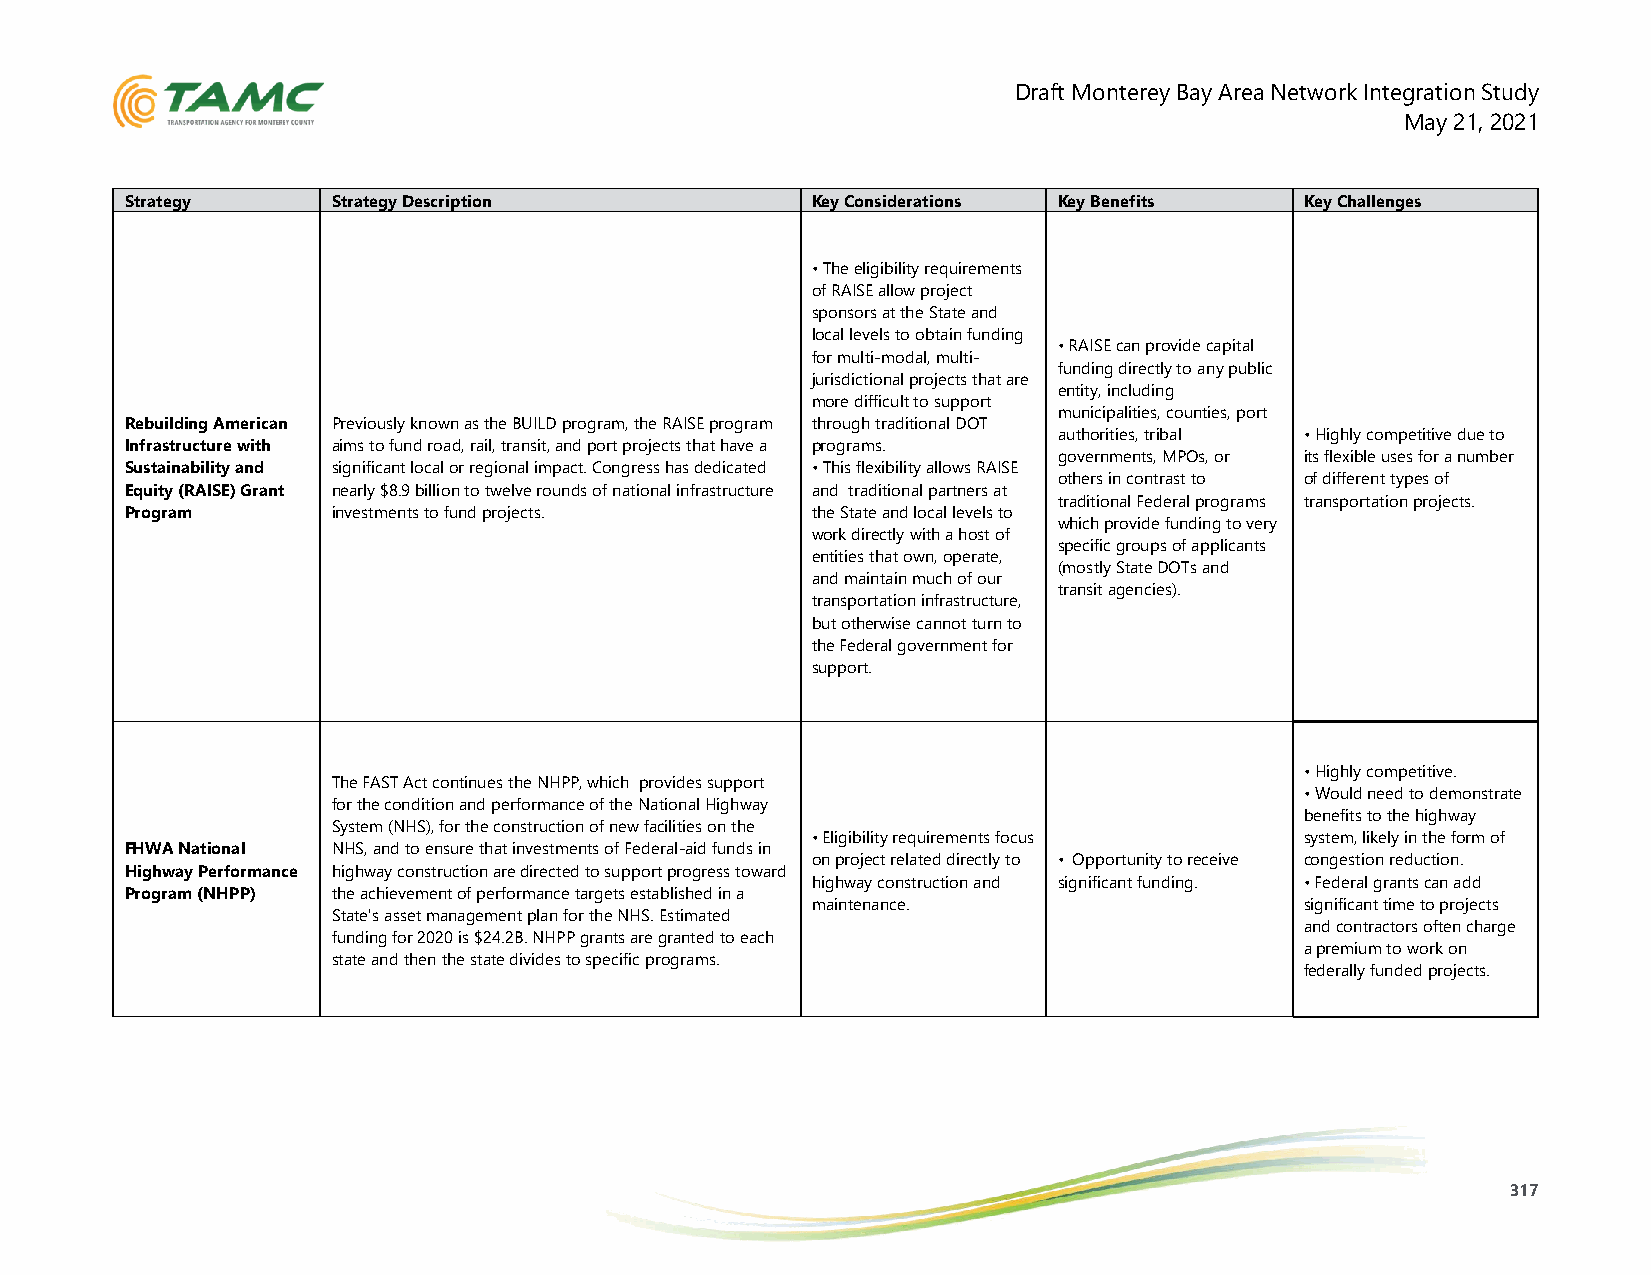
Draft Monterey Bay Area Network Integration Study
 May 21, 2021
 Strategy      Strategy Description            Key Considerations Key Benefits Key Challenges
 • The eligibility requirements
 of RAISE allow project
 sponsors at the State and
 local levels to obtain funding
 • RAISE can provide capital
 for multi-modal, multi-
 funding directly to any public
 jurisdictional projects that are
 entity, including
 more difficult to support
 municipalities, counties, port
 Rebuilding American Previously known as the BUILD program, the RAISE program through traditional DOT
 authorities, tribal • Highly competitive due to
 Infrastructure with aims to fund road, rail, transit, and port projects that have a programs.
 governments, MPOs, or its flexible uses for a number
 Sustainability and significant local or regional impact. Congress has dedicated • This flexibility allows RAISE
 others in contrast to of different types of
 Equity (RAISE) Grant nearly $8.9 billion to twelve rounds of national infrastructure and traditional partners at
 traditional Federal programs transportation projects.
 Program       i nvestments to fund projects.  the State and local levels to
 which provide funding to very
 work directly with a host of
 specific groups of applicants
 entities that own, operate,
 (mostly State DOTs and
 and maintain much of our
 transit agencies).
 transportation infrastructure,
 but otherwise cannot turn to
 the Federal government for
 support.
 • Highly competitive.
 The FAST Act continues the NHPP, which provides support
 • Would need to demonstrate
 for the condition and performance of the National Highway
 benefits to the highway
 System (NHS), for the construction of new facilities on the
 • Eligibility requirements focus system, likely in the form of
 FHWA National NHS, and to ensure that investments of Federal-aid funds in
 on project related directly to • Opportunity to receive congestion reduction.
 Highway Performance highway construction are directed to support progress toward
 highway construction and significant funding. • Federal grants can add
 Program (NHPP) the achievement of performance targets established in a
 maintenance.                    significant time to projects
 State's asset management plan for the NHS. Estimated
 and contractors often charge
 funding for 2020 is $24.2B. NHPP grants are granted to each
 a premium to work on
 state and then the state divides to specific programs.
 federally funded projects.
 317